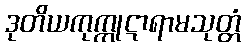
ဒုတိယကုက္ကုဋာရာမသုတ္တံ